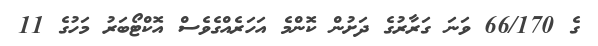
ގެ 66/170 ވަނަ ގަރާރުގެ ދަށުން ކޮންމެ އަހަރެއްގެވެސް އޮކްޓޯބަރު މަހުގެ 11